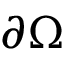
\partial \Omega